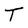
Character: T